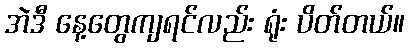
အဲဒီ နေ့တွေကျရင်လည်း ရုံး ပိတ်တယ်။